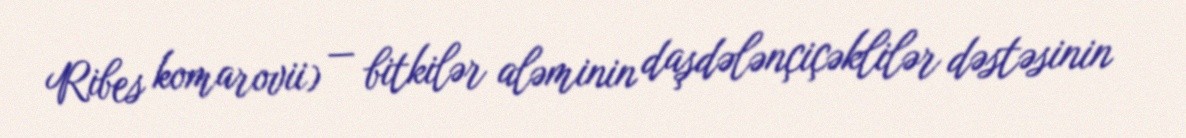
Ribes komarovii) — bitkilər aləminin daşdələnçiçəklilər dəstəsinin